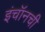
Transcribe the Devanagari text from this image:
इंचॉनची